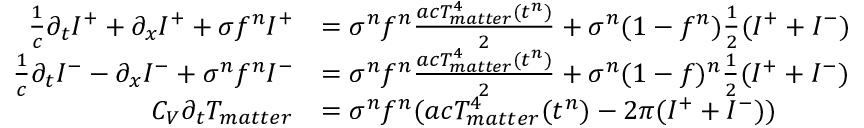
\begin{array} { r l } { \frac { 1 } { c } \partial _ { t } I ^ { + } + \partial _ { x } I ^ { + } + \sigma f ^ { n } I ^ { + } } & { = \sigma ^ { n } f ^ { n } \frac { a c T _ { m a t t e r } ^ { 4 } ( t ^ { n } ) } { 2 } + \sigma ^ { n } ( 1 - f ^ { n } ) \frac { 1 } { 2 } ( I ^ { + } + I ^ { - } ) } \\ { \frac { 1 } { c } \partial _ { t } I ^ { - } - \partial _ { x } I ^ { - } + \sigma ^ { n } f ^ { n } I ^ { - } } & { = \sigma ^ { n } f ^ { n } \frac { a c T _ { m a t t e r } ^ { 4 } ( t ^ { n } ) } { 2 } + \sigma ^ { n } ( 1 - f ) ^ { n } \frac { 1 } { 2 } ( I ^ { + } + I ^ { - } ) } \\ { C _ { V } \partial _ { t } T _ { m a t t e r } } & { = \sigma ^ { n } f ^ { n } ( a c T _ { m a t t e r } ^ { 4 } ( t ^ { n } ) - 2 \pi ( I ^ { + } + I ^ { - } ) ) } \end{array}